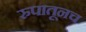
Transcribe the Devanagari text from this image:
रुपातूनच